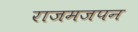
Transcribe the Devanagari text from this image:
राजमजपन